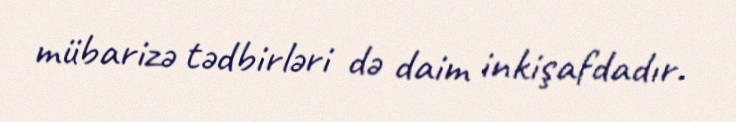
mübarizə tədbirləri də daim inkişafdadır.